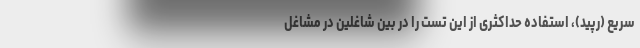
سریع (رپید)، استفاده حداکثری از این تست را در بین شاغلین در مشاغل